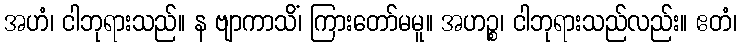
အဟံ၊ ငါဘုရားသည်။ န ဗျာကာသိံ၊ ကြားတော်မမူ။ အဟဉ္စ၊ ငါဘုရားသည်လည်း။ ဧတံ၊